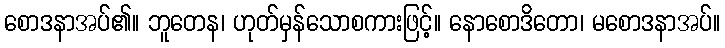
စောဒနာအပ်၏။ ဘူတေန၊ ဟုတ်မှန်သောစကားဖြင့်။ နောစောဒိတော၊ မစောဒနာအပ်။